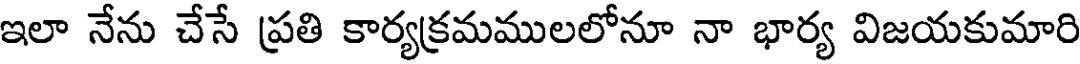
ఇలా నేను చేసే ప్రతి కార్యక్రమములలోనూ నా భార్య విజయకుమారి